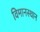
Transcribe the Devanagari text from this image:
विमानस्थान